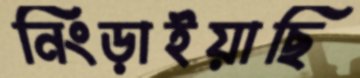
নিংড়াইয়াছি